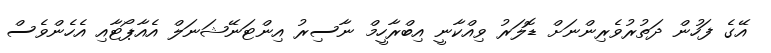
އޭގެ ފަހުން ދަތުރުވެރިންނަށް ޑޮލަރު ވިއްކާނީ އިބްރާހީމް ނާސިރު އިންޓަނޭޝަނަލް އެއާޕޯޓާއި އެހެންވެސް